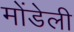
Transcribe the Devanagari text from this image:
मोंडेली